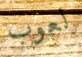
لعوب